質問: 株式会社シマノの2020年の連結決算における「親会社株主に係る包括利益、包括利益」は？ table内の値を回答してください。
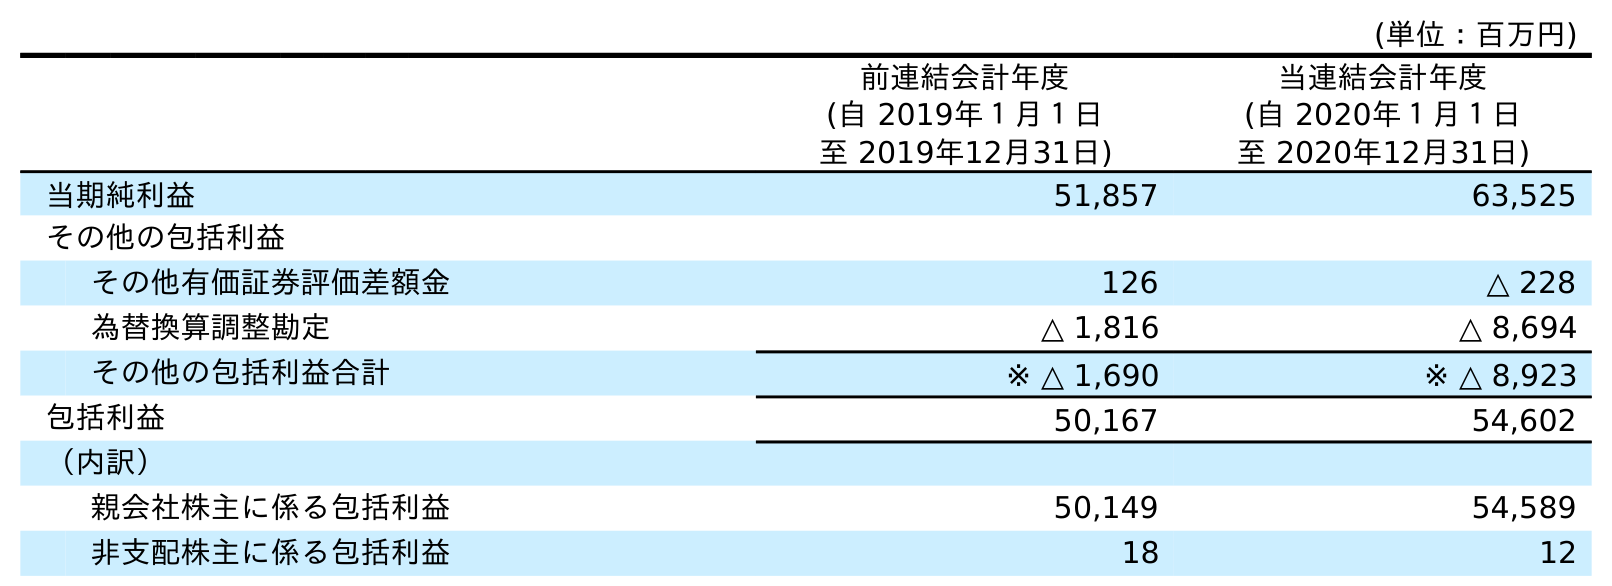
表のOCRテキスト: (単位：百万円) 前連結会計年度 (自 2019年１月１日 至 2019年12月31日) 当連結会計年度 (自 2020年１月１日 至 2020年12月31日) 当期純利益 51,857 63,525 その他の包括利益 その他有価証券評価差額金 126 △ 228 為替換算調整勘定 △ 1,816 △ 8,694 その他の包括利益合計 ※ △ 1,690 ※ △ 8,923 包括利益 50,167 54,602 （内訳） 親会社株主に係る包括利益 50,149 54,589 非支配株主に係る包括利益 18 12
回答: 54,589